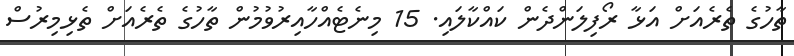
ތާހުގެ ތެރެއަށް އަޅާ ރޯފިލަންދެން ކައްކާލައި. 15 މިނެޓެއްހާއިރުވުމުން ތާހުގެ ތެރެއަށް ތެޅިމިރުސް